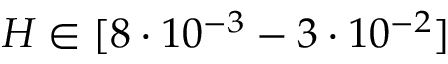
H \in [ 8 \cdot 1 0 ^ { - 3 } - 3 \cdot 1 0 ^ { - 2 } ]